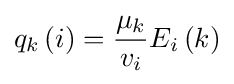
q_{k}\left(i\right)={\frac {\mu _{k}}{v_{i}}}E_{i}\left(k\right)